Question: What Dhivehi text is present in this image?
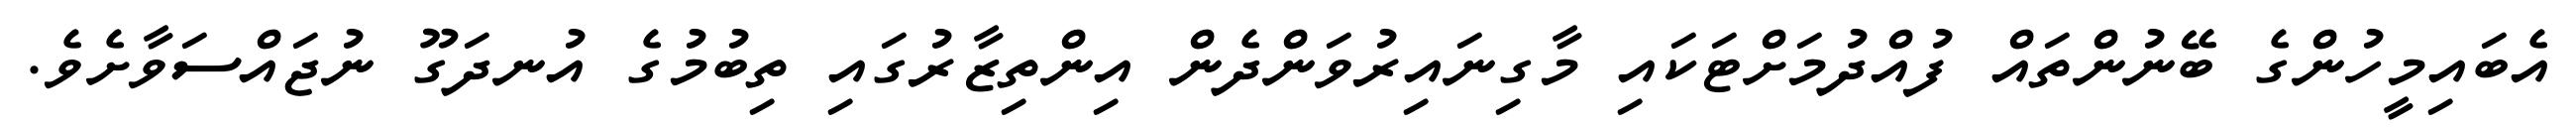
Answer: އެބައިމީހުންގެ ބޭނުންތައް ފުއްދުމަށްޓަކައި މާގިނައިރުވަންދެން އިންތިޒާރުގައި ތިބުމުގެ އުނދަގޫ ނުޖައްސަވާށެވެ.